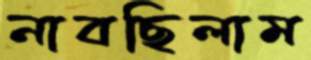
নাবছিলাম